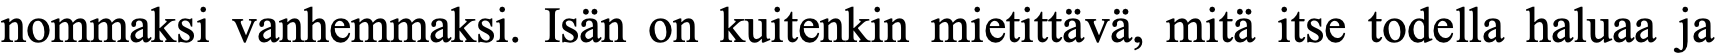
nommaksi vanhemmaksi. Isän on kuitenkin mietittävä, mitä itse todella haluaa ja